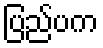
ပြည်ပက